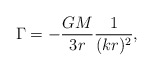
\begin{align*}\Gamma= - {GM\over 3 r}{1\over (kr)^2}, \end{align*}